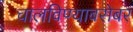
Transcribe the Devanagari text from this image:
चालविण्याबरोबर